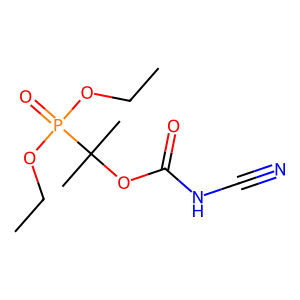
SMILES: CCOP(=O)(OCC)C(C)(C)OC(=O)NC#N
Inhibits HIV replication: No